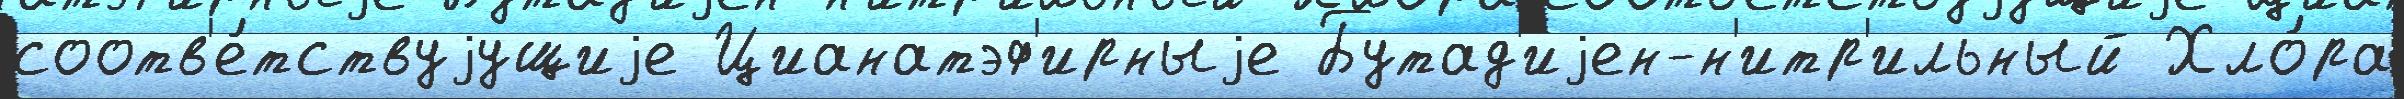
соотв'е́тствуjущиjе Цианатэф'ирныjе Бутад'иjен-н'итр'ильный Хло́ра